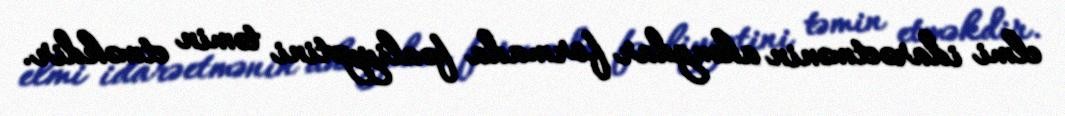
elmi idarəetmənin ahəngdar formada fəaliyyətini təmin etməkdir.